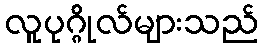
လူပုဂ္ဂိုလ်များသည်